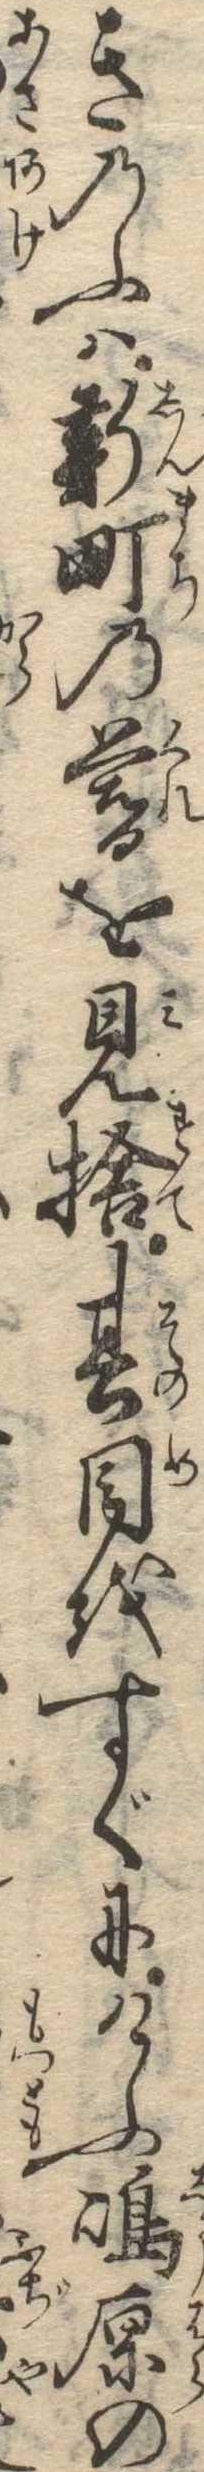
きのふは新町の暮を見捨其目をすぐにけふ島原の